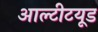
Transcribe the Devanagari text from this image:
आल्टीटयूड